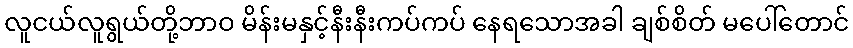
လူငယ်လူရွယ်တို့ဘာဝ မိန်းမနှင့်နီးနီးကပ်ကပ် နေရသောအခါ ချစ်စိတ် မပေါ်တောင်